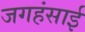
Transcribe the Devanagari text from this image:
जगहंसाई